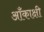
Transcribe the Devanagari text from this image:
आँकाक्षी